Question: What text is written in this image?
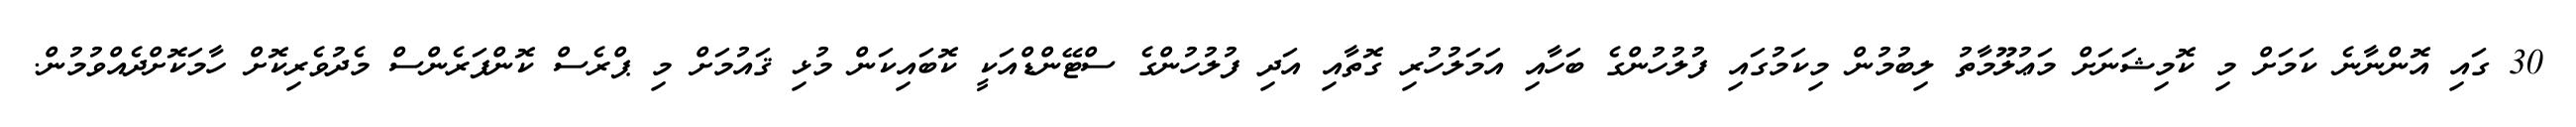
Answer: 30 ގައި އޮންނާނެ ކަމަށް މި ކޮމިޝަނަށް މަޢުލޫމާތު ލިބުމުން މިކަމުގައި ފުލުހުންގެ ބަހާއި އަމަލުހުރި ގޮތާއި އަދި ފުލުހުންގެ ސްޓޭންޑްއަކީ ކޮބައިކަން މުޅި ޤައުމަށް މި ޕްރެސް ކޮންފަރެންސް މެދުވެރިކޮށް ހާމަކޮށްދެއްވުމުން.